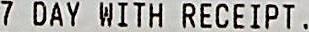
7 DAY WITH RECEIPT .